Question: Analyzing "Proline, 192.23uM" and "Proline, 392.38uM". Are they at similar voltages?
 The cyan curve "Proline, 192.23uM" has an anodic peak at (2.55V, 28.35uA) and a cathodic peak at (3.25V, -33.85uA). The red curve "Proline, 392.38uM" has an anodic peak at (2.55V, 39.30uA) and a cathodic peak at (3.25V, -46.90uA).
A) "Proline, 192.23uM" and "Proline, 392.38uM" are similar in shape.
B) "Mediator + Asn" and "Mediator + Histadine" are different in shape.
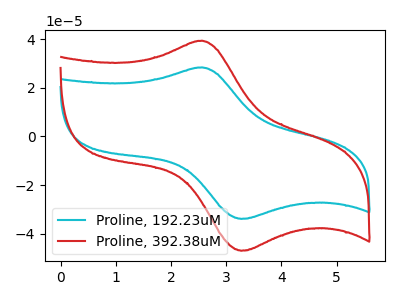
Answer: <think>All the peaks in "Proline, 192.23uM" have a peak in "Proline, 392.38uM" at the same potential. Every peak in "Proline, 192.23uM" is lower than every peak in "Proline, 392.38uM".
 </think>
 <answer>A) "Proline, 192.23uM" and "Proline, 392.38uM" are similar in shape.</answer>
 <eval>A</eval>